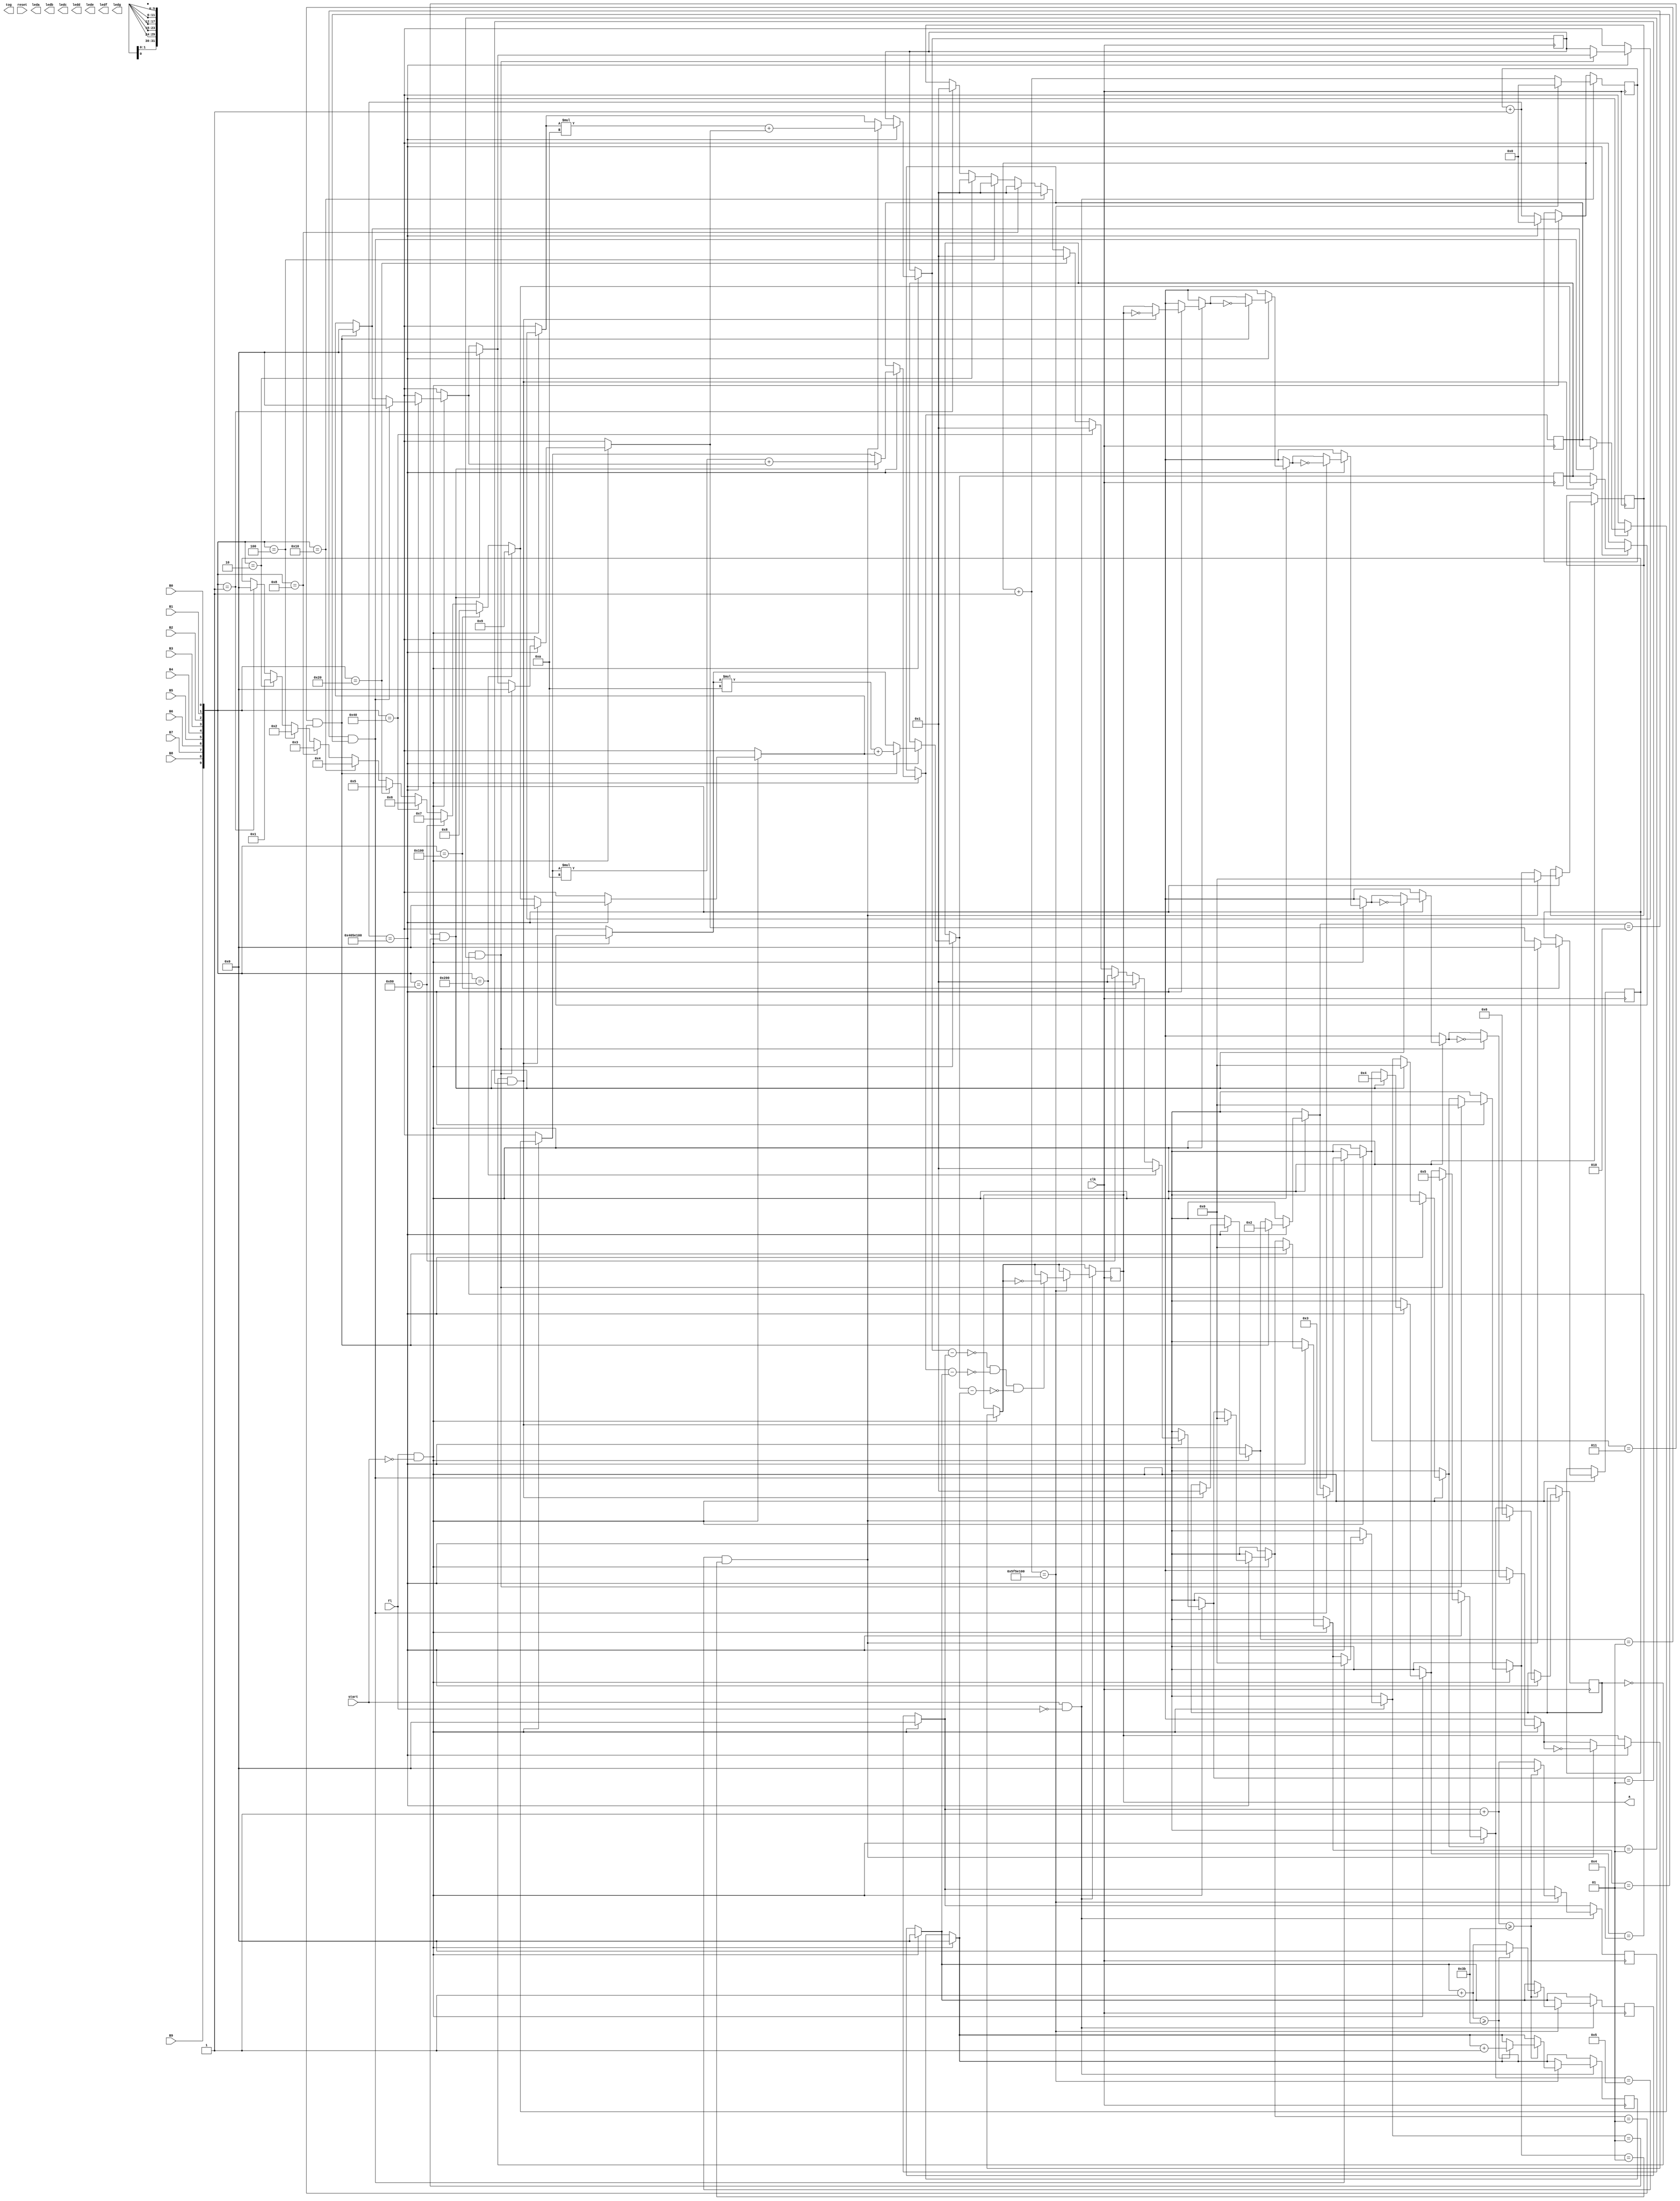
module example(input wire clk,output reg a,output reg tog,input fl,input start,input reset ,input B0,input B9,input B1,input B2,input B3,input B4,input B5,input B6,input B7,input B8,output leda,output ledb,output ledc,output ledd,output lede,output ledf,output ledg);
reg [9:0] number;
reg [28:0] delay1 ;
reg [5:0] tmp_hour, tmp_minute, tmp_second,counter; 
reg [5:0] f_hour, f_minute, f_second; 
reg [5:0] c_hour, c_minute, c_second; 
 reg [3:0] c_hour1,a_hour1; 
 reg [3:0] c_hour0,a_hour0;
 reg [3:0] c_min1,a_min1;
 reg [3:0] c_min0,a_min0;
 reg [3:0] c_sec1,a_sec1;
 reg [3:0] c_sec0,a_sec0;
reg [6:0] seg_data;

reg [3:0] cten,cunit;
reg  [5:0] tempdata;
integer take;
integer set;
integer count;
integer onetime;
integer datataken;
integer index;
integer finished;

initial begin
finished=0;
c_second=0;
timetemp=0;
timef=0;
set=0;
cunit=0;
cten=0;
take=0;
count=0;
onetime=0;
tempdata=0;
datataken=0;
tmp_hour=6'd0;
 tmp_minute=6'd0;
  tmp_second=6'd0;
  f_hour=6'd0;
 f_minute=6'd0;
  f_second=6'd0;
  counter=6'd0;
end

always@(posedge clk) begin
if(fl==1 && start==0)
begin
f_hour=5'd0;
 f_minute=5'd0;
  f_second=5'd0;
number[0]=B0;
number[1]=B1;
number[2]=B2;
number[3]=B3;
number[4]=B4;
number[5]=B5;
number[6]=B6;
number[7]=B7;
number[8]=B8;
number[9]=B9;
delay1=delay1+1;
if(delay1==27'b100000001011110000100000000)
begin
if(number==10'b0000000001)
begin
tempdata=5'd0;
  take=1;

end
if(number==10'b0000000010)
begin
tempdata=6'd1;
  take=1;

end
if(number==10'b0000000100)
begin
tempdata=6'd2;
  take=1;

end
if(number==10'b0000001000)
begin
tempdata=6'd3;
  take=1;

end
if(number==10'b0000010000)
begin
tempdata=6'd4;
  take=1;

end
if(number==10'b0000100000)
begin
tempdata=6'd5;
  take=1;

end
if(number==10'b0001000000)
begin
tempdata=6'd6;
  take=1;
  take=1;

end
if(number==10'b0010000000)
begin
tempdata=6'd7;
  take=1;

end
if(number==10'b0100000000)
begin
tempdata=6'd8;
  take=1;

end
if(number==10'b1000000000)
begin
tempdata=6'd9;
  take=1;
end
if(count==0 && take==1)
begin
a=!a;
  tmp_hour=tempdata;
   take=0;
count=1;
 tempdata=6'd0;
end
if(count==1 && take==1)
begin
a=!a;
  tmp_hour=tmp_hour*6'd10+tempdata;
 take=0;
 count=2;
  tempdata=6'd0;

end
if(count==2 && take==1)
begin
a=!a;
  tmp_minute=tempdata;
   take=0;
count=3;
 tempdata=6'd0;
end
if(count==3 && take==1)
begin
a=!a;

  tmp_minute=tmp_minute*6'd10+tempdata;
 take=0;
 count=4;
  tempdata=6'd0;

end
if(count==4 && take==1)
begin
a=!a;
  tmp_second=tempdata;
   take=0;
count=5;
 tempdata=6'd0;

end
if(count==5 && take==1)
begin
a=!a;
  tmp_second=tmp_second*6'd10+tempdata;
 take=0;
 count=6;
 tempdata=6'd0;
datataken=1;
end  

delay1=0;

end
end


if(start==1 && fl==0)
begin
delay1=delay1+1;
if(delay1==27'b101111101011110000100000000)
begin
c_second=tmp_second-f_second;
c_minute=tmp_minute-f_minute;
c_hour=tmp_hour-f_hour;
if(c_second==6'd0 && c_minute==6'd0 && c_hour==6'd0)
  begin
  a=!a;
  finished=1;
  end

f_second = f_second + 1;
 if(f_second >=59) begin 
 f_second = 0;
 f_minute=f_minute+1;
  if(f_minute>=59) 
 begin
 f_minute=0;
 f_hour=f_hour+1;
 end
 end
 delay1=0;
end
end
end

endmodule